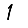
Digit: 1